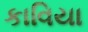
કાવિયા